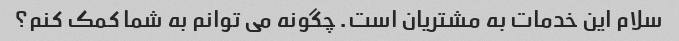
سلام این خدمات به مشتریان است. چگونه می توانم به شما کمک کنم؟